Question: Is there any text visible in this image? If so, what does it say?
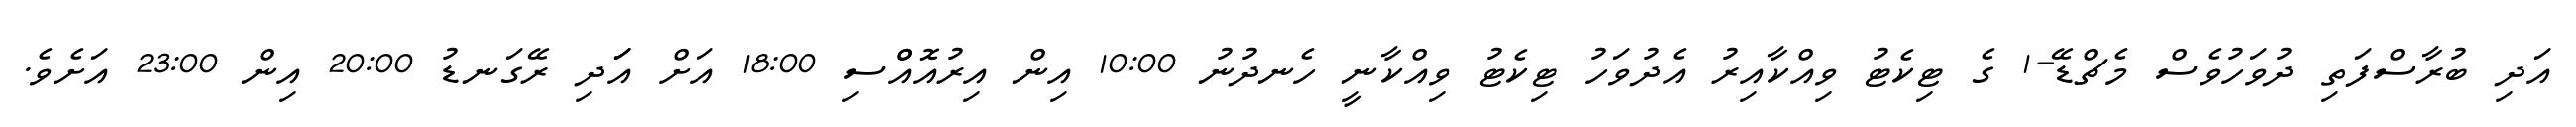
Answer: އަދި ބުރާސްފަތި ދުވަހުވެސް މެޗްޑޭ-1 ގެ ޓިކެޓު ވިއްކާއިރު އެދުވަހު ޓިކެޓު ވިއްކާނީ ހެނދުނު 10:00 އިން އިރުއޮއްްސި 18:00 އަށް އަަދި ރޭގަނޑު 20:00 އިން 23:00 އަށެވެ.